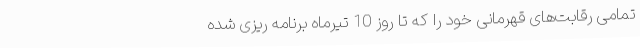
تمامی رقابت‌های قهرمانی خود را که تا روز 10 تیرماه برنامه ریزی شده